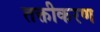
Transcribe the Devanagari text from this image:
तक्तीकरण